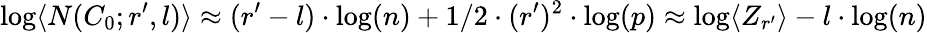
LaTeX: \log\langle N(C_{0};r^{\prime},l)\rangle\approx(r^{\prime}-l)\cdot\log(n)+1/2\cdot(r^{\prime})^{2}\cdot\log(p)\approx\log\langle Z_{r^{\prime}}\rangle-l\cdot\log(n)